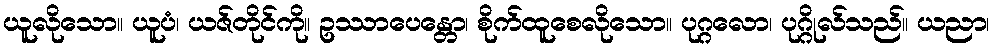
ယူလိုသော။ ယူပံ၊ ယဇ်တိုင်ကို။ ဥဿာပေန္တော၊ စိုက်ထူစေလိုသော။ ပုဂ္ဂလော၊ ပုဂ္ဂိုလ်သည်။ ယညာ၊